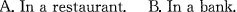
A.In a restaurant.B. In a bank.